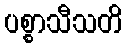
ပစ္စာသီသတိ